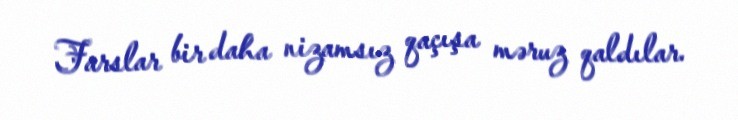
Farslar bir daha nizamsız qaçışa məruz qaldılar.